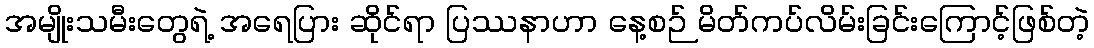
အမျိုးသမီးတွေရဲ့ အရေပြား ဆိုင်ရာ ပြဿနာဟာ နေ့စဉ် မိတ်ကပ်လိမ်းခြင်းကြောင့်ဖြစ်တဲ့